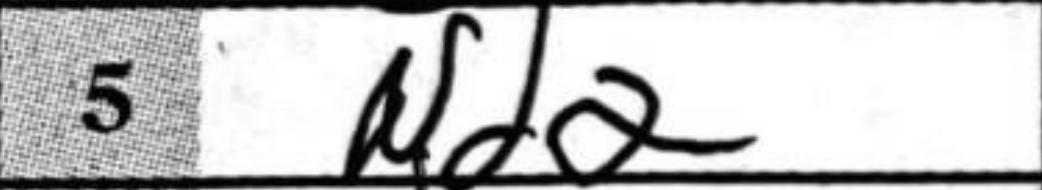
Transcription: Nd2